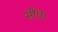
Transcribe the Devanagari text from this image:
सौंपे।